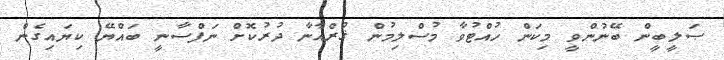
ޞަލީބީން ބޭނުންވީ މިކަން ހުއްޓުވާ މުސްލިމުން ޤުރްއާނާ ދުރުކޮށް ނަފްސާނީ ބައްޔޭ ކިޔައިގެން